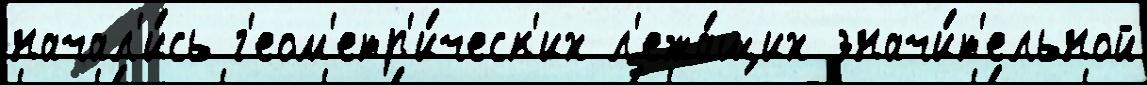
начал'и́сь г'еом'етр'и́ческ'их л'ежа́щих значи́т'ельной